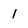
Character: l